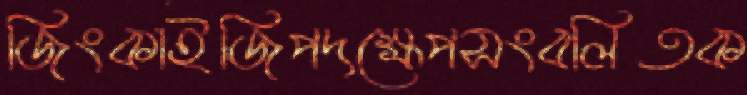
জিংকাইজিপদক্ষেপসংবলিতক